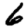
Digit: 6